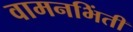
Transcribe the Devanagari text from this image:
वामनभिंती